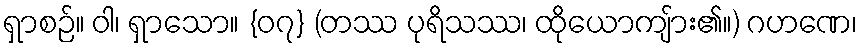
ရှာစဉ်။ ဝါ၊ ရှာသော။ {၀၇} (တဿ ပုရိသဿ၊ ထိုယောကျ်ား၏။) ဂဟဏေ၊